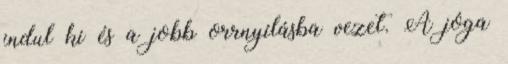
indul ki és a jobb orrnyílásba vezet. A jóga